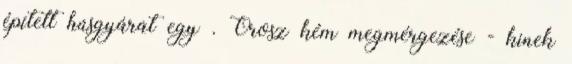
épített húsgyárat egy . Orosz kém megmérgezése - kinek